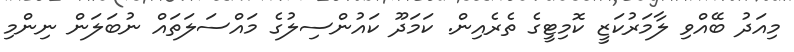
މިއަދު ބޭއްވި ލާމަރުކަޒީ ކޮމިޓީގެ ތެރެއިން. ކަމަދޫ ކައުންސިލުގެ މައްސަލަތައް ނުބަލަން ނިންމި